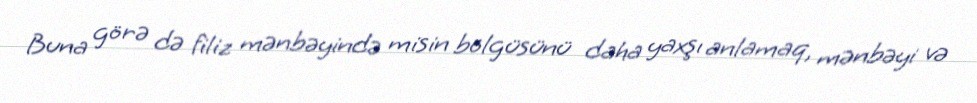
Buna görə də filiz mənbəyində misin bölgüsünü daha yaxşı anlamaq, mənbəyi və